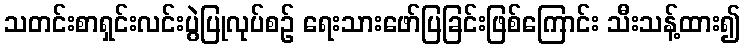
သတင်းစာရှင်းလင်းပွဲပြုလုပ်စဉ် ရေးသားဖော်ပြခြင်းဖြစ်ကြောင်း သီးသန့်ထား၍